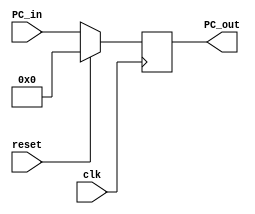
`ifndef MODULE_PC
`define MODULE_PC
`timescale 1ns / 1ps
//////////////////////////////////////////////////////////////////////////////////
// Company: 
// Engineer: 
// 
// Design Name: 
// Module Name: pc
// Project Name: 
// Target Devices: 
// Tool Versions: 
// Description: 
// 
// Dependencies: 
// 
// Revision:
// Revision 0.01 - File Created
// Additional Comments:
// 
//////////////////////////////////////////////////////////////////////////////////


module program_counter(
    PC_in,PC_out,reset,clk
    );
    input [31:0] PC_in;
    output [31:0] PC_out;
    input reset, clk;
    reg [31:0] PC_out;
    initial begin
        PC_out = -4;
    end
    always @(posedge clk)
    begin
        if(reset)
            begin
                PC_out <= 32'b0;
            end
        else PC_out <= PC_in[31:0];
    end    
endmodule
`endif